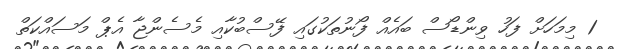
1 މިމަހަށް ފަހު ވިންޑޯސް ބައެއް ފޯނުތަކުގައި ފޭސްބުކާއި މެސެންޖާ އެޕް މަސައްކަތް